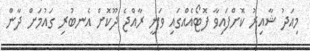
މިއަދު ޝާއިރު ކޮށްފައިވާ ފޮޓޯއެއްގައި ވަނީ ރާއްޖެ ދޫކޮށް އެނބުރި ގައުމަށް ދާން